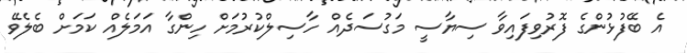
އެ ބޭފުޅުންގެ ފޮރުވިފައިވާ ސިޔާސީ މަގުސަދެއް ހާސިލްކުރުމަށް ހިންގާ އަމަލެއް ކަމަށް ބެލެވޭ